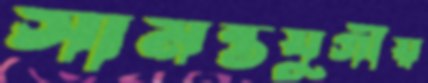
সামন্তযুগীয়